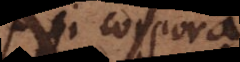
si corpora